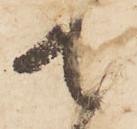
て